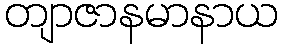
တျာဇာနမာနာယ